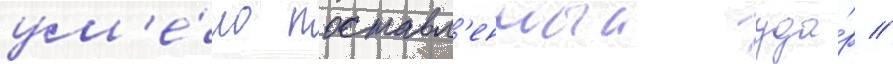
ум'е́ло поставл'енныи уда́р //